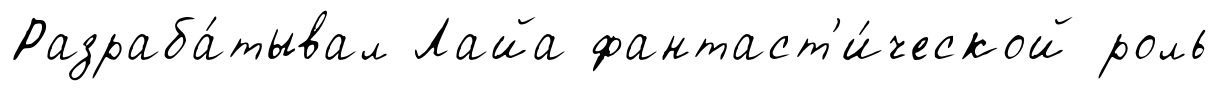
Разраба́тывал Лайа фантаст'и́ческой роль